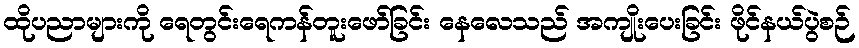
ထိုပညာများကို ရေတွင်းရေကန်တူးဖော်ခြင်း နေလေသည် အကျိုးပေးခြင်း ဖိုင်နယ်ပွဲစဉ်